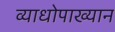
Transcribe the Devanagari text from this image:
व्याधोपाख्यान